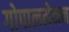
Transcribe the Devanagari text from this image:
गोपालमेनन